Report on vaccination in Madras 1877-1894 - 1877-1894
Year: 1877
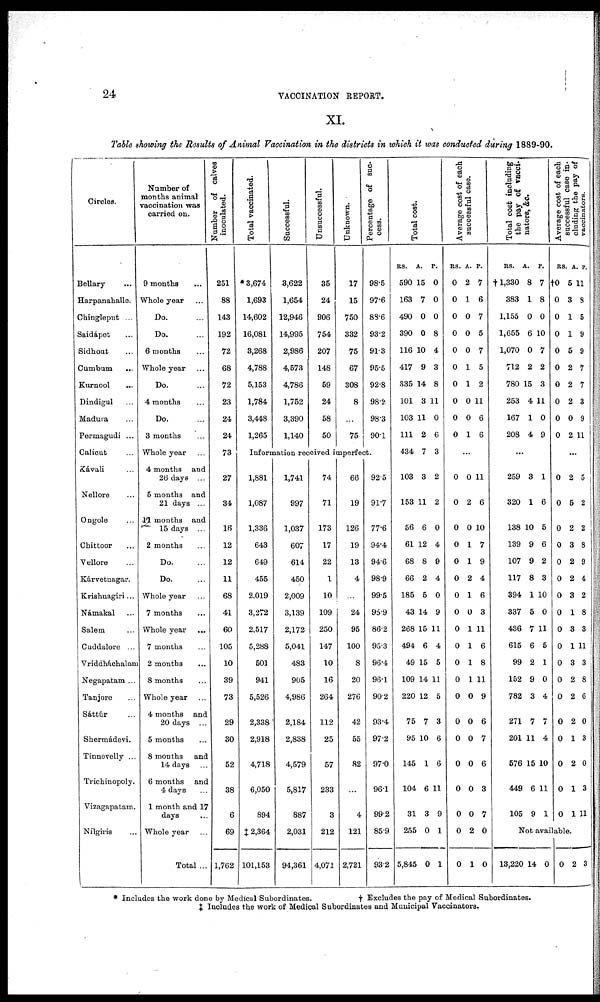
24
VACCINATION REPORT.
XI.
Table showing the Results of Animal Vaccination in the districts in which it was conducted during 1889-90.
Circles.
Bellary ...
Harpanahalle.
Chingleput ...
Saidápet ...
Sidhout ...
Cumbum ...
Kurnool ...
Dindigul ...
Madura ...
Permagudi ...
Calicut ...
Kávali ...
Nellore ...
Ongole ...
Chittoor ...
Vellore ...
Kárvetnagar.
Kriahnagiri...
Námakal ...
Salem ...
Cuddalore ...
Vriddháchalam
Negapatam ...
Tanjore ...
Sáttúr ...
Shermádevi.
Tinnevelly ...
Trichinopoly.
Vizagapatam.
Nílgiris ...
Number of
months animal
vaccination was
carried on.
9 months ...
Whole year ...
Do. ...
Do. ...
6 months ...
Whole year ...
Do. ...
4 months ...
Do. ...
3 months ...
Whole year ...
4 months and
26 days ...
5 months and
21 days ...
11 months and
15 days ...
2 months ...
Do. ...
Do. ...
Whole year ...
7 months ...
Whole year ...
7 months ...
2 months ...
8 months ...
Whole year ...
4 months and
20 days ...
5 months ...
8 months and
14 days ...
6 months and
4 days ...
1 month and 17
days ...
Whole year ...
Total ...
Number of calves
inoculated.
251
88
143
192
72
68
72
23
24
24
73
27
34
16
12
12
11
68
41
60
105
10
39
73
29
30
52
38
6
69
1,762
Total vaccinated.
* 3,674
1,693
14,602
16,081
3,268
4,788
5,153
1,784
3,448
1,265
Successful.
3,622
1,654
12,946
14,995
2,986
4,573
4,786
1,752
3,390
1,140
Unsuccessful.
35
24
906
754
207
148
59
24
58
50
Unknown.
17
15
750
332
75
67
308
8
...
75
Percentage of suc-
cess.
98.5
97.6
88.6
93.2
91.3
95.5
92.8
98.2
98.3
90.1
Information received imperfect.
1,881
1,087
1,336
643
649
455
2,019
3,272
2,517
5,288
501
941
5,526
2,338
2,918
4,718
6,050
894
‡ 2,364
101,153
1,741
997
1,037
607
614
450
2,009
3,139
2,172
5,041
483
905
4,986
2,184
2,838
4,579
5,817
887
2,031
94,361
74
71
173
17
22
1
10
109
250
147
10
16
264
112
25
57
233
3
212
4,071
66
19
126
19
13
4
...
24
95
100
8
20
276
42
55
82
...
4
121
2,721
92.5
91.7
77.6
94.4
94.6
98.9
99.5
95.9
86.2
95.3
96.4
96.1
90.2
93.4
97.2
97.0
96.1
99.2
85.9
93.2
Total cost.
RS.
590
163
490
390
116
417
335
101
103
111
434
103
153
56
61
68
66
185
43
268
494
49
109
220
75
95
145
104
31
255
5,845
A.
15
7
0
0
10
9
14
3
11
2
7
3
11
6
12
8
2
5
14
15
6
15
14
12
7
10
1
6
3
0
0
P.
0
0
0
8
4
3
8
11
0
6
3
2
2
0
4
9
4
0
9
11
4
5
11
5
3
6
6
11
9
1
1
Average cost of each
successful case.
RS.
0
0
0
0
0
0
0
0
0
0
A.
2
1
0
0
0
1
1
0
0
1
P.
7
6
7
5
7
5
2
11
6
6
...
0
0
0
0
0
0
0
0
0
0
0
0
0
0
0
0
0
0
0
0
0
2
0
1
1
2
1
0
1
1
1
1
0
0
0
0
0
0
2
1
11
6
10
7
9
4
6
3
11
6
8
11
9
6
7
6
3
7
0
0
Total cost including
the pay of vacci-
nators, &c.
RS.
†1,330
383
1,155
1,655
1,070
712
780
253
167
208
A.
8
1
0
6
0
2
15
4
1
4
P.
7
8
0
10
7
2
3
11
0
9
...
259
320
138
139
107
117
394
337
436
615
99
152
782
271
201
576
449
105
3
1
10
9
9
8
1
5
7
6
2
9
3
7
11
15
6
9
1
6
5
6
2
3
10
0
11
5
1
0
4
7
4
10
11
1
Average cost of each
successful case in-
cluding the pay of
vaccinators.
RS
†0
0
0
0
0
0
0
0
0
0
A.
5
3
1
1
5
2
2
2
0
2
P.
11
8
5
9
9
7
7
3
9
11
...
0
0
0
0
0
0
0
0
0
0
0
0
0
0
0
0
0
0
2
5
2
3
2
2
3
1
3
1
3
2
2
2
1
2
1
1
6
2
2
8
9
4
2
8
3
11
3
8
6
0
3
0
3
11
Not available.
13,220 14 0 0 2 3
* Includes the work done by Medical Subordinates.
† Excludes the pay of Medical Subordinates.
‡ Includes the work of Medical Subordinates and Municipal Vaccinators.